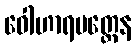
ဝေါဟာရမတ္တေန